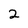
Character: 2